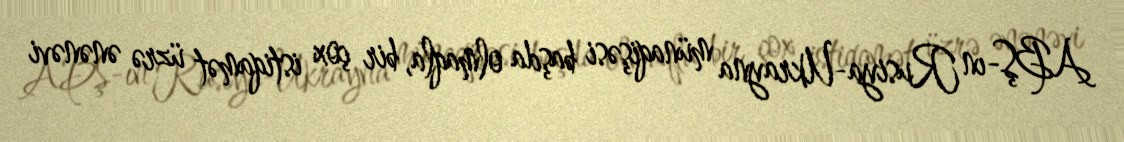
ABŞ-ın Rusiya-Ukrayna münaqişəsi başda olmaqla, bir çox istiqamət üzrə ənənəvi